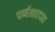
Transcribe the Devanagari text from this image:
पर्णशरदाह